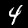
Digit: 4